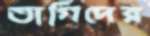
তাগিদের